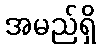
အမည်ရှိ